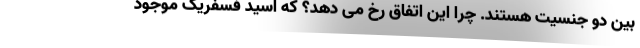
بین دو جنسیت هستند. چرا این اتفاق رخ می دهد؟ که اسید فسفریک موجود